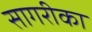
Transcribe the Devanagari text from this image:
सागरीका